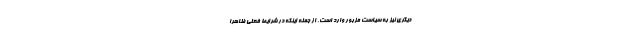
دیگری نیز به سیاست مزبور وارد است. از جمله اینکه در شرایط فعلی ظاهراً